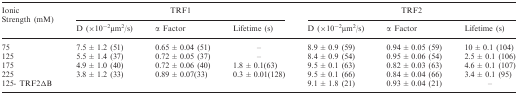
<table><thead><tr><td rowspan="2"><b>Ionic Strength (mM)</b></td><td colspan="3"><b>TRF1</b></td><td colspan="3"><b>TRF2</b></td></tr><tr><td><b>D (×10<sup>−2</sup>μm<sup>2</sup>/s)</b></td><td><b>α Factor</b></td><td><b>Lifetime (s)</b></td><td><b>D (×10<sup>−2</sup>μm<sup>2</sup>/s)</b></td><td><b>α Factor</b></td><td><b>Lifetime (s)</b></td></tr></thead><tbody><tr><td>75</td><td>7.5 ± 1.2 (51)</td><td>0.65 ± 0.04 (51)</td><td>–</td><td>8.9 ± 0.9 (59)</td><td>0.94 ± 0.05 (59)</td><td>10 ± 0.1 (104)</td></tr><tr><td>125</td><td>5.5 ± 1.4 (37)</td><td>0.72 ± 0.05 (37)</td><td>–</td><td>8.4 ± 0.9 (54)</td><td>0.95 ± 0.06 (54)</td><td>2.5 ± 0.1 (106)</td></tr><tr><td>175</td><td>4.9 ± 1.0 (40)</td><td>0.72 ± 0.06 (40)</td><td>1.8 ± 0.1(63)</td><td>9.5 ± 0.1 (63)</td><td>0.82 ± 0.03 (63)</td><td>4.6 ± 0.1 (107)</td></tr><tr><td>225</td><td>3.8 ± 1.2 (33)</td><td>0.89 ± 0.07(33)</td><td>0.3 ± 0.01(128)</td><td>9.5 ± 0.1 (66)</td><td>0.84 ± 0.04 (66)</td><td>3.4 ± 0.1 (95)</td></tr><tr><td>125- TRF2ΔB</td><td></td><td></td><td></td><td>9.1 ± 1.8 (21)</td><td>0.93 ± 0.04 (21)</td><td>–</td></tr></tbody></table>